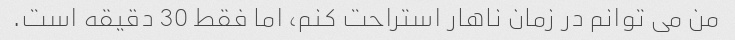
من می توانم در زمان ناهار استراحت کنم، اما فقط 30 دقیقه است.